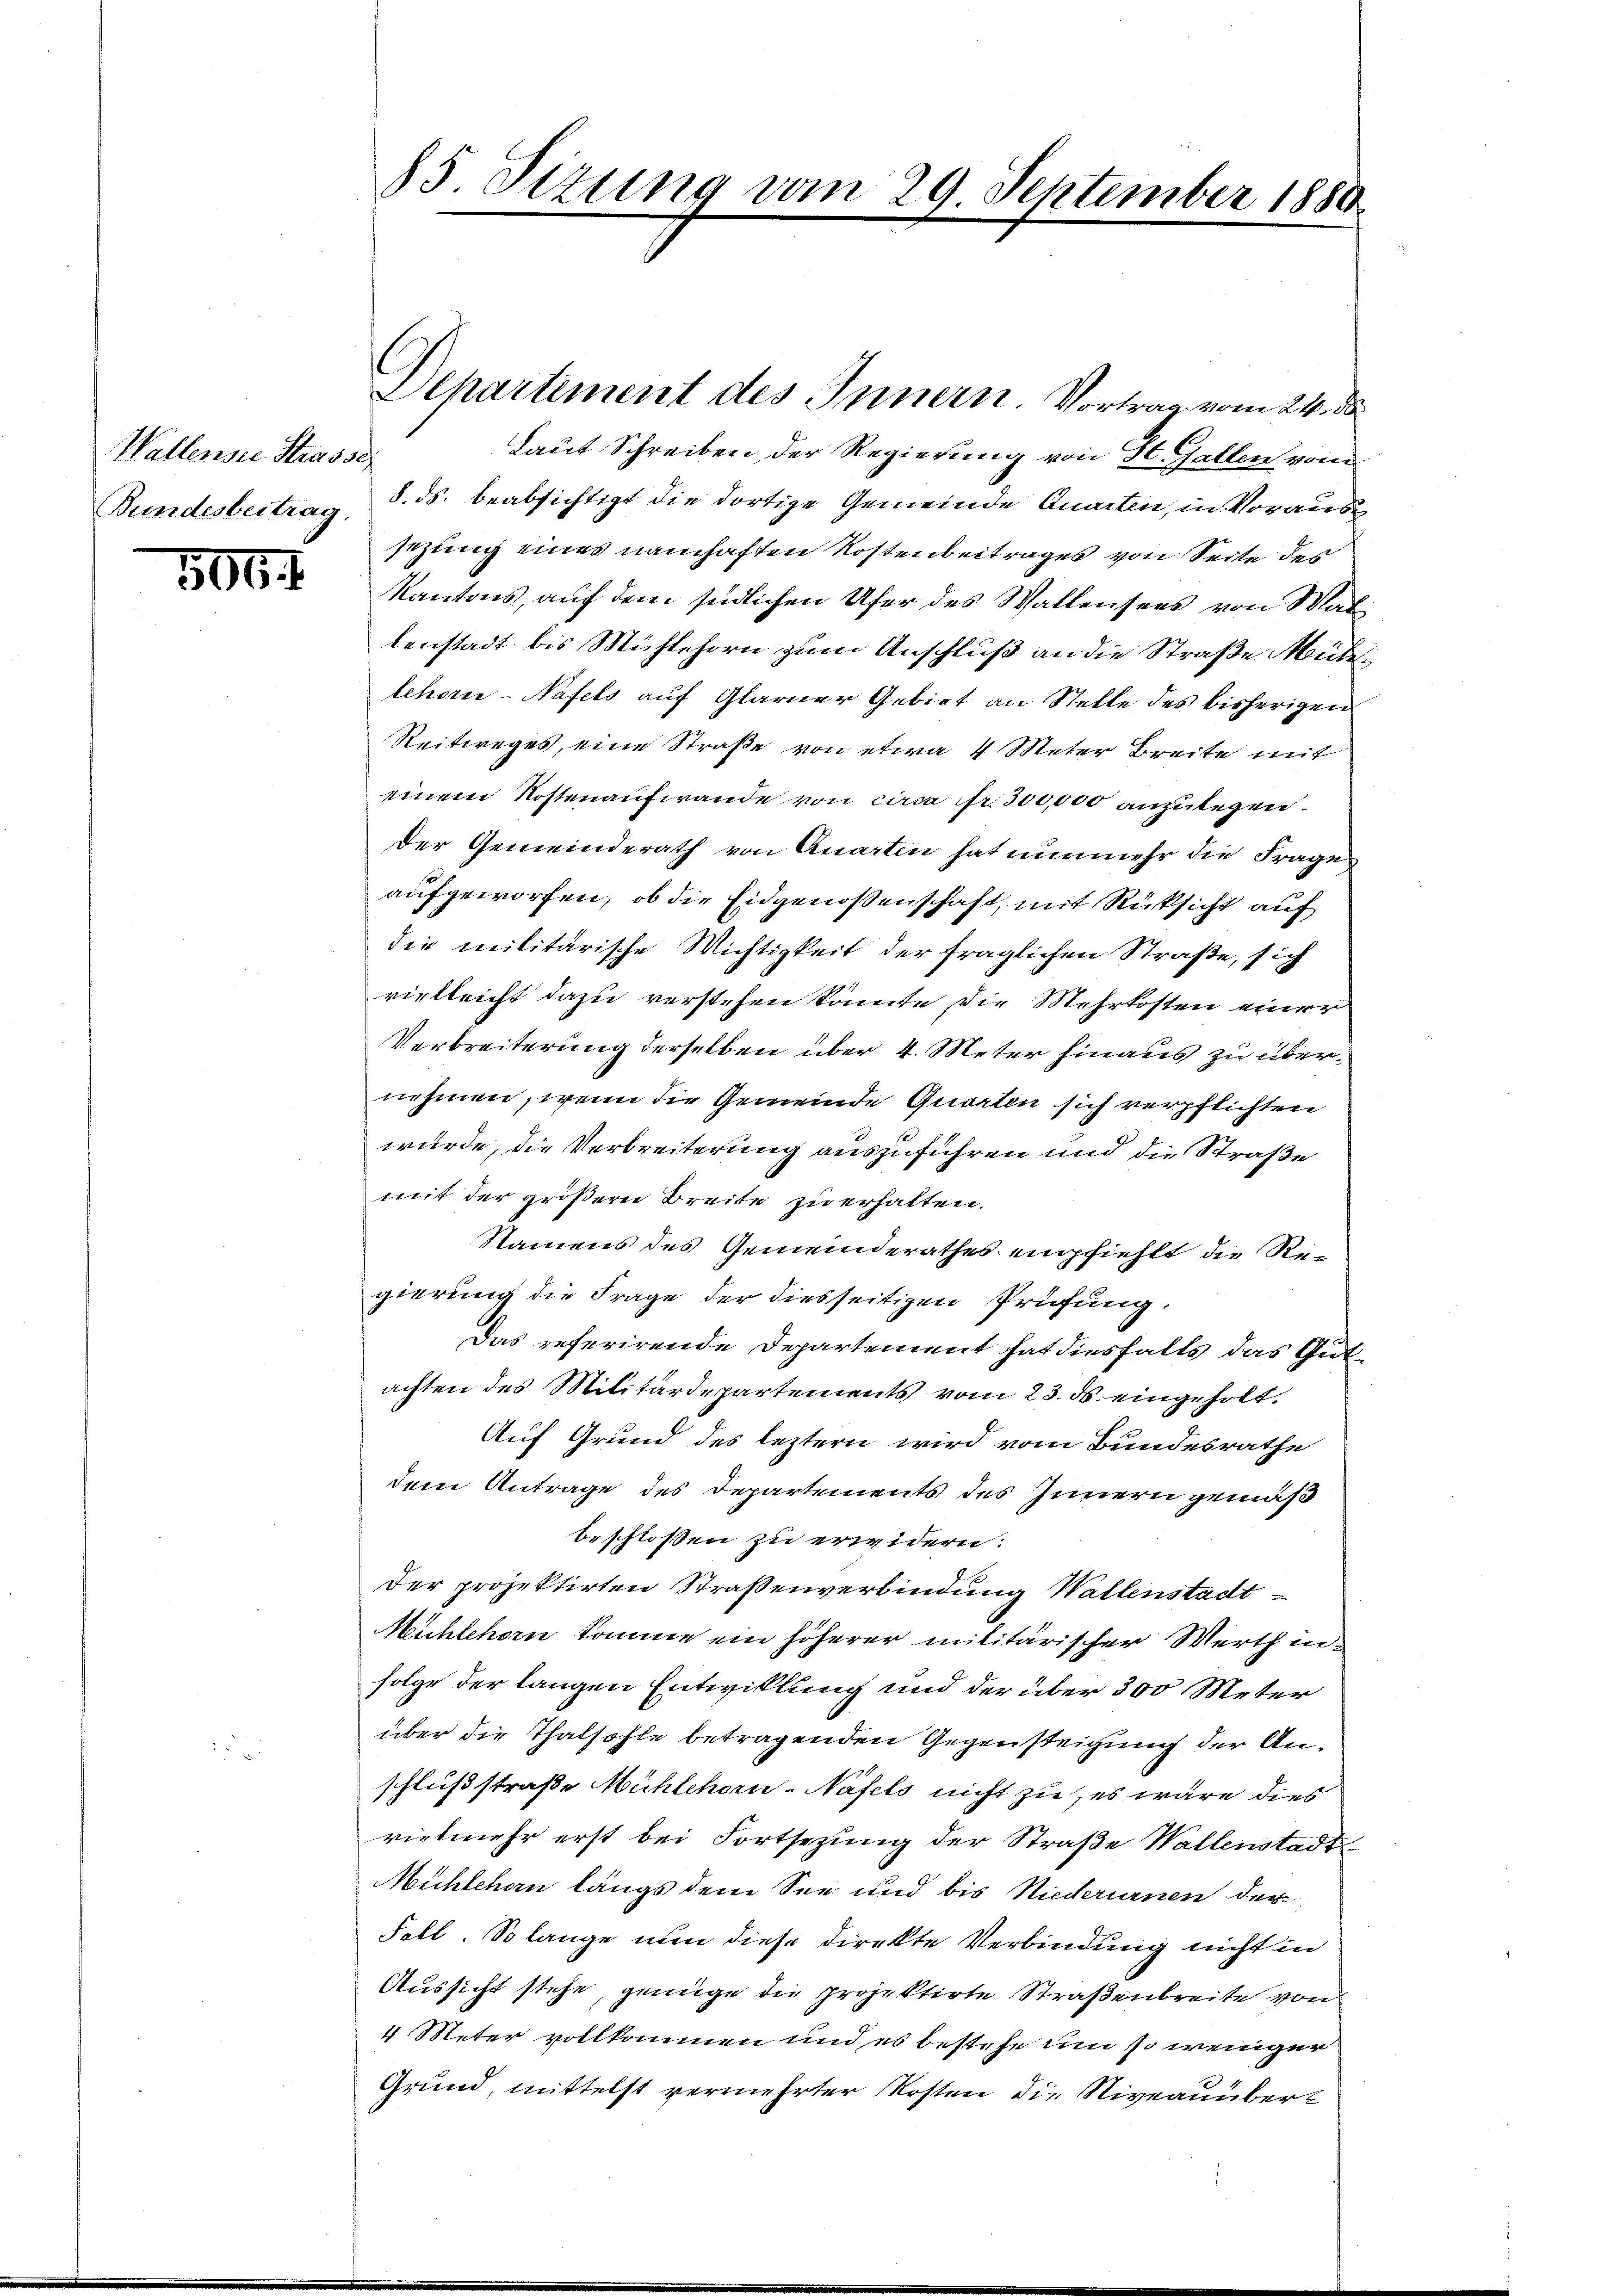
Wallensee Strasse
Bundesbeitrag.

506

Laut Schreiben der Regierung von 30. Gallen von
8. ds. beabsichtigt die dortige Gemeinde Quarten, in Vorausg
sezung eines namhaften Kostenbeitrages von Seite des
Kantons, auf dem südlichen Ufer des Wallensees von Matlenstadt bis Mühlehorn zum Anschluß an die Straße Müdelehorn-Näfels auf Glarner Gebiet an Stelle des bisherigen
Reitweges, eine Straße von etwa 4 Meter Breite mit
einem Kostenaufwande von circa fr. 300,000 anzulegen.
Der Gemeinderath von Quarten hat nunmehr die Frage
aufgeworfen, ob die Eidgenoßenschaft, mit Rücksicht auf
die militärische Wichtigkeit der fraglichen Straße, sich
vielleicht dazu verstehen könnte, die Mehrkosten einer
Verbreiterung derselben über 4 Meter hinaus zu übernehmen, wenn die Gemeinde Querten sich verpflichten
würde, die Verbreiterung auszuführen und die Straße
mit der größern Breite zu erhalten.
Namens des Gemeinderathes empfiehlt die Re-
gierung die Frage der diesseitigen Prüfung.
Das referirende Departement hat diesfalls das Gutachten des Militärdepartements vom 23. ds eingeholt.
Auf Grund des leztern wird vom Bundesrathe
dem Antrage des Departements des Innern gemäß
beschlossen zu erwidern:
der projektirten Straßenverbindung Wallenstadt-
Mühlehorn komme ein höherer militärischer Werth infolge der langen Entwicklung und der über 300 Meter
über die Thalhohle betragenden Gegensteigung der Anschlußstraße Mühlehorn-Näfels nicht zu, es wäre dies
vielmehr erst bei Fortsezung der Straße Wallenstadt¬
Michlchon längs dem See und bis Niederurnen der
Fall. So lange nun diese Direkte Verbindung nicht in
Aussicht stehe, genüge die projektirte Straßenbreite von
4 Meter vollkommen und es bestehe um so weniger
Grund, mittelst vermehrter Kosten die Niveauüber

85. Sizung vom 29. September 1880

Dehartement des Innern. Vortrag vom 24. ds.